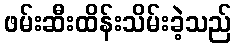
ဖမ်းဆီးထိန်းသိမ်းခဲ့သည်